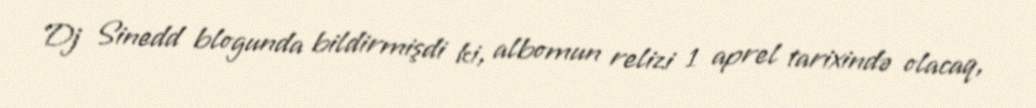
Dj Sinedd blogunda bildirmişdi ki, albomun relizi 1 aprel tarixində olacaq,